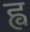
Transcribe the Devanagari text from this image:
ह्व